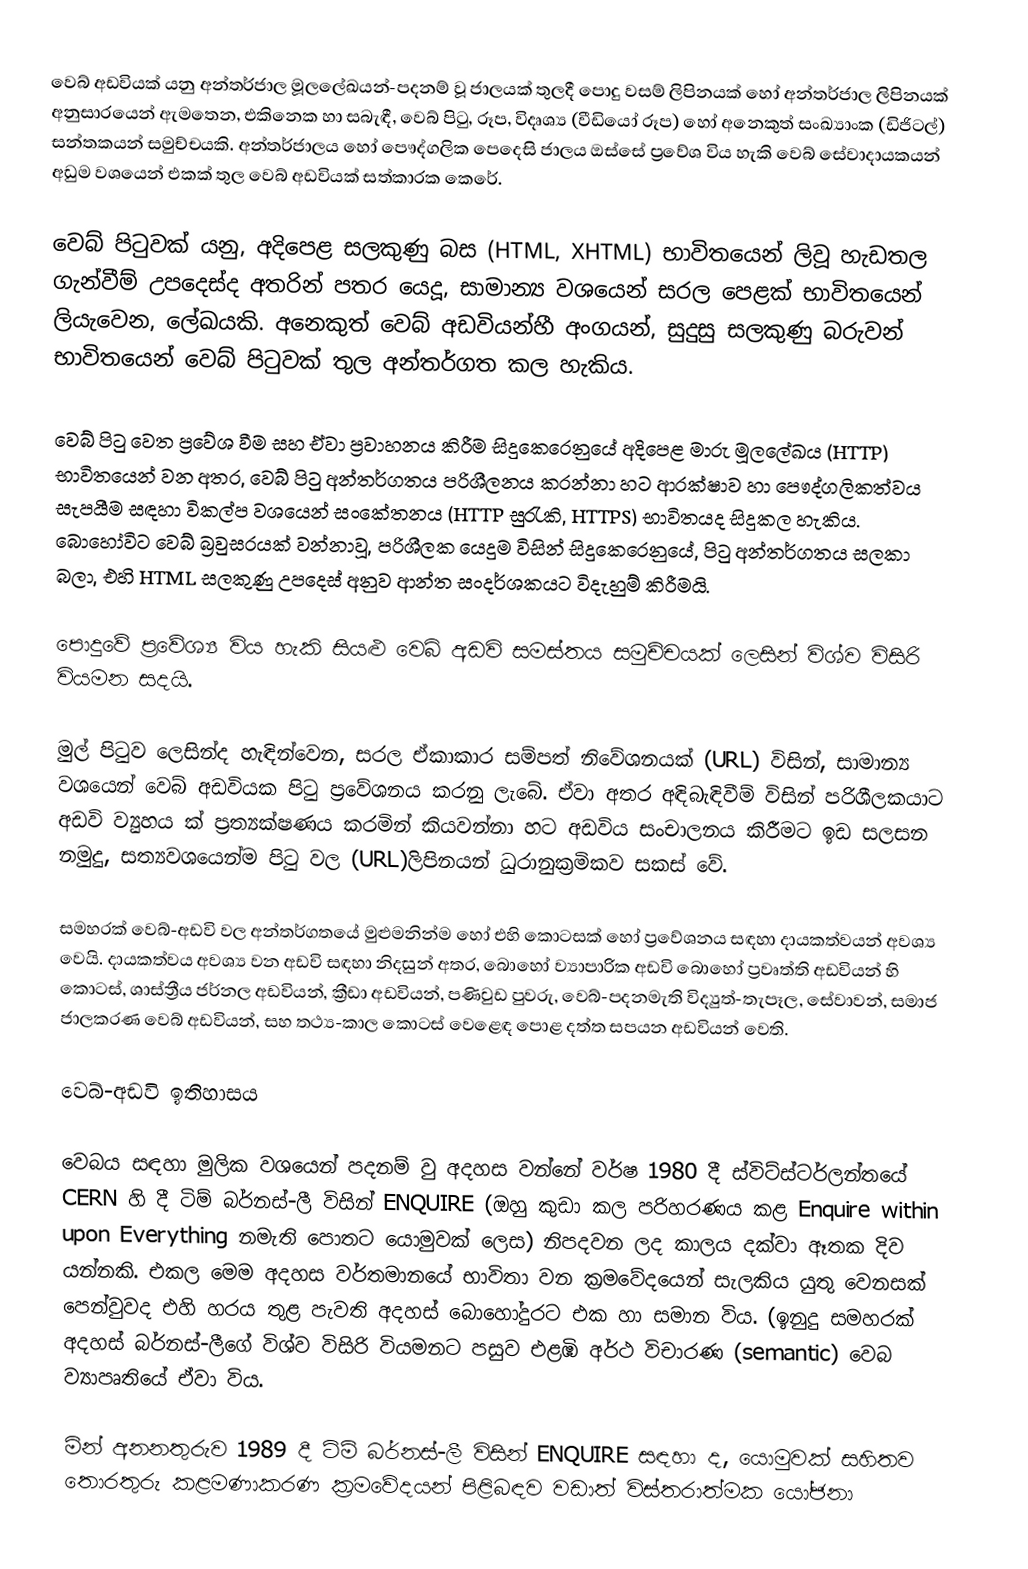
වෙබ් අඩවියක් යනු අන්තර්ජාල මූලලේඛයන්-පදනම් වූ ජාලයක් තුලදී පොදු වසම් ලිපිනයක් හෝ අන්තර්ජාල ලිපිනයක් අනුසාරයෙන් ඇමතෙන, එකිනෙක හා සබැඳී, වෙබ් පිටු, රූප, විදෘශ්‍ය (වීඩියෝ රූප) හෝ අනෙකුත් සංඛ්‍යාංක (ඩිජිටල්) සන්තකයන් සමුච්චයකි. අන්තර්ජාලය හෝ පෞද්ගලික පෙදෙසි ජාලය ඔස්සේ ප්‍රවේශ විය හැකි වෙබ් සේවාදායකයන් අඩුම වශයෙන් එකක් තුල වෙබ් අඩවියක් සත්කාරක කෙරේ.

වෙබ් පිටුවක් යනු, අදිපෙළ සලකුණු බස (HTML, XHTML) භාවිතයෙන් ලිවූ හැඩතල ගැන්වීම් උපදෙස්ද අතරින් පතර යෙදූ, සාමාන්‍ය වශයෙන් සරල පෙළක් භාවිතයෙන් ලියැවෙන, ලේඛයකි. අනෙකුත් වෙබ් අඩවියන්හී අංගයන්, සුදුසු සලකුණු බරුවන් භාවිතයෙන් වෙබ් පිටුවක් තුල අන්තර්ගත කල හැකිය.

වෙබ් පිටු වෙත ප්‍රවේශ වීම සහ ඒවා ප්‍රවාහනය කිරීම සිදුකෙරෙනුයේ අදිපෙළ මාරු මූලලේඛය (HTTP) භාවිතයෙන් වන අතර, වෙබ් පිටු අන්තර්ගතය පරිශීලනය කරන්නා හට ආරක්ෂාව හා පෞද්ගලිකත්වය සැපයීම සඳහා විකල්ප වශයෙන් සංකේතනය (HTTP සුරැකි, HTTPS) භාවිතයද සිදුකල හැකිය. බොහෝවිට වෙබ් බ්‍රවුසරයක් වන්නාවූ, පරිශීලක යෙදුම විසින් සිදුකෙරෙනුයේ, පිටු අන්තර්ගතය සලකා බලා, එහි HTML සලකුණු උපදෙස් අනුව ආන්ත සංදර්ශකයට විදැහුම් කිරීමයි.

පොදුවේ ප්‍රවේශ්‍ය විය හැකි සියළු වෙබ් අඩවි සමස්තය සමුච්චයක් ලෙසින් විශ්ව විසිරි වියමන සදයි.

මුල් පිටුව ලෙසින්ද හැඳින්වෙන, සරල ඒකාකාර සම්පත් නිවේශනයක් (URL) විසින්, සාමාන්‍ය වශයෙන් වෙබ් අඩවියක පිටු ප්‍රවේශනය කරනු ලැබේ. ඒවා අතර අඳිබැඳිවීම් විසින් පරිශීලකයාට අඩවි ව්‍යුහය ක් ප්‍රත්‍යක්ෂණය කරමින් කියවන්නා හට අඩවිය සංචාලනය කිරීමට ඉඩ සලසන නමුදු, සත්‍යවශයෙන්ම පිටු වල (URL)ලිපිනයන් ධුරානුක්‍රමිකව සකස් වේ.

සමහරක් වෙබ්-අඩවි වල අන්තර්ගතයේ මුළුමනින්ම හෝ එහි කොටසක් හෝ ප්‍රවේශනය සඳහා දායකත්වයන් අවශ්‍ය වෙයි. දායකත්වය අවශ්‍ය වන අඩවි සඳහා නිදසුන් අතර, බොහෝ ව්‍යාපාරික අඩවි බොහෝ ප්‍රවෘත්ති අඩවියන් හි කොටස්, ශාස්ත්‍රීය ජර්නල අඩවියන්, ක්‍රීඩා අඩවියන්, පණිවුඩ පුවරු, වෙබ්-පදනමැති විද්‍යුත්-තැපෑල, සේවාවන්, සමාජ ජාලකරණ වෙබ් අඩවියන්, සහ තථ්‍ය-කාල කොටස් වෙළෙඳ පොළ දත්ත සපයන අඩවියන් වෙති.

වෙබ්-අඩවි ඉතිහාසය

වෙබය සඳහා මුලික වශයෙන් පදනම් වු අදහස වන්නේ වර්ෂ 1980 දී ස්විට්ස්ටර්ලන්තයේ CERN හි දී ටිම් බර්නස්-ලී විසින් ENQUIRE (ඔහු කුඩා කල පරිහරණය කළ Enquire within upon Everything නමැති පොතට යොමුවක් ලෙස) නිපදවන ලද කාලය දක්වා ඈතක දිව යන්නකි. එකල මෙම අදහස වර්තමානයේ භාවිතා වන ක්‍රමවේදයෙන් සැලකිය යුතු වෙනසක් පෙන්වුවද එහි හරය තුළ පැවති අදහස් බොහෝදුරට එක හා සමාන විය. (ඉනුදු සමහරක් අදහස් බර්නස්-ලීගේ විශ්ව විසිරි වියමනට පසුව එළඹි අර්ථ විචාරණ (semantic) වෙබ ව්‍යාපෘතියේ ඒවා විය.

මින් අනනතුරුව 1989 දී ටිම් බර්නස්-ලී විසින් ENQUIRE සඳහා ද, යොමුවක් සහිතව තොරතුරු කළමණාකරණ ක්‍රමවේදයන් පිළිබඳව වඩාත් විස්තරාත්මක යෝජනා